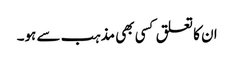
ان کا تعلق کسی بھی مذہب سے ہو۔